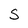
Character: S